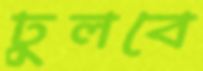
ঢুলবে